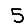
Digit: 5